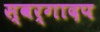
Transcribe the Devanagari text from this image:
स्वर्गादप